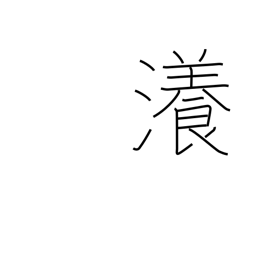
Meaning: vast